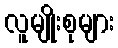
လူမျိုးစုများ